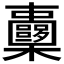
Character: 𣡏